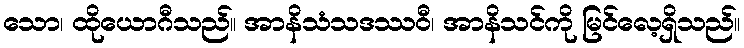
သော၊ ထိုယောဂီသည်။ အာနိသံသဒဿဝီ၊ အာနိသင်ကို မြင်လေ့ရှိသည်။